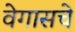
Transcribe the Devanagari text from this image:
वेगासचे